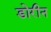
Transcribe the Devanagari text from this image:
डोरीन